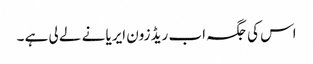
اس کی جگہ اب ریڈ زون ایریا نے لے لی ہے ۔